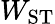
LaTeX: W_{\mathrm{ST}}